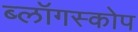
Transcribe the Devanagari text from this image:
ब्लॉगस्कोप